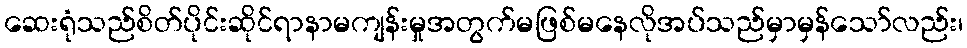
ဆေးရုံသည်စိတ်ပိုင်းဆိုင်ရာနာမကျန်းမှုအတွက်မဖြစ်မနေလိုအပ်သည်မှာမှန်သော်လည်း၊